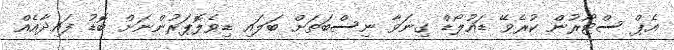
އެޕް ސްޓޯރުން ކުރެވޭ ޑައުލޯޑް ގިނަވާ ނިސްބަތަށް ބަލައި ޑިވެލޮޕަރުންނަށް ބޮޑު ފައިދާއެއް